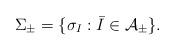
LaTeX: \begin{align*}\Sigma_\pm=\{\sigma_I: \bar{I}\in \mathcal A_\pm\}.\end{align*}